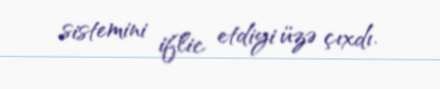
sistemini iflic etdiyi üzə çıxdı.